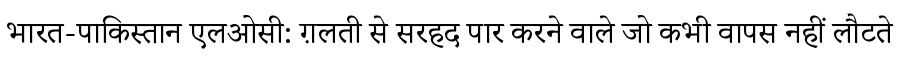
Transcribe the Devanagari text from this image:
भारत-पाकिस्तान एलओसी: ग़लती से सरहद पार करने वाले जो कभी वापस नहीं लौटते